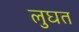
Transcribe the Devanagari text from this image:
लुघत